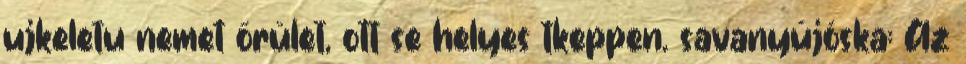
ujkeletu nemet őrület, ott se helyes tkeppen. savanyújóska: Az